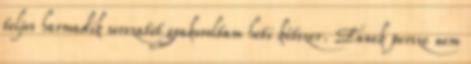
teljes harmadik sorozatot gyakoroltam heti kétszer. Ennek persze nem